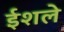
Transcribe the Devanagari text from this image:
ईशले